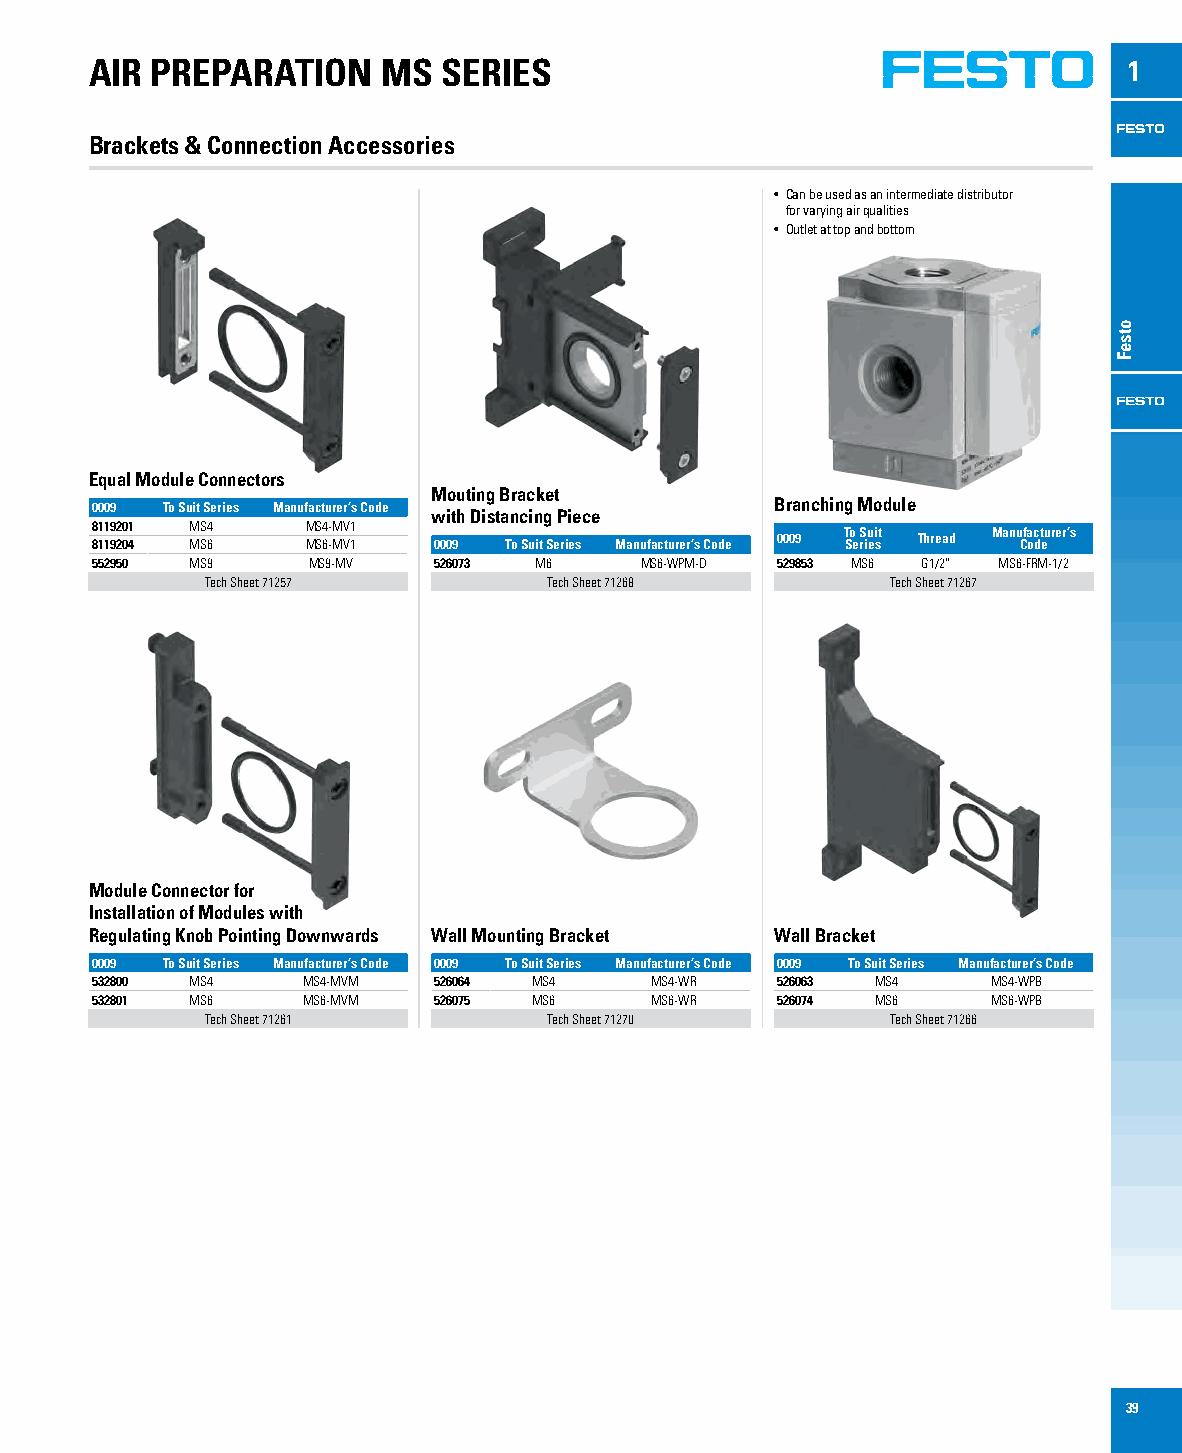
AIR PREPARATION    MS  SERIES                                        1
 Brackets & Connection Accessories
 • Can be used as an intermediate distributor
 for varying air qualities
 • Outlet at top and bottom
 Equal Module Connectors
 Mouting Bracket
 0009 To Suit Series Manufacturer’s Code      Branching Module
 with Distancing Piece
 8 81 11 19 92 20 01 4 M MS S4 6 M MS S4 6- -M MV V1 1 0009 To Suit Series Manufacturer’s Code 0009 T So e rS iu ei st Thread Manu Cfa oc dt eurer’s
 552950 MS9    MS9-MV   526073 M6    MS6-WPM-D 529853 MS6 G1/2” MS6-FRM-1/2
 Tech Sheet 71257      Tech Sheet 71268       Tech Sheet 71267
 Module Connector for
 Installation of Modules with
 Regulating Knob Pointing Downwards Wall Mounting Bracket Wall Bracket
 0009 To Suit Series Manufacturer’s Code 0009 To Suit Series Manufacturer’s Code 0009 To Suit Series Manufacturer’s Code
 532800 MS4    MS4-MVM  526064 MS4    MS4-WR  526063 MS4     MS4-WPB
 532801 MS6    MS6-MVM  526075 MS6    MS6-WR  526074 MS6     MS6-WPB
 Tech Sheet 71261      Tech Sheet 71270       Tech Sheet 71266
 39
 otseF